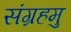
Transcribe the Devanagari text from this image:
संग्रहमु